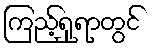
ကြည့်ရှုရာတွင်